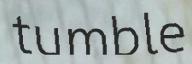
tumble